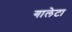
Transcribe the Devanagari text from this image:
गालेटा